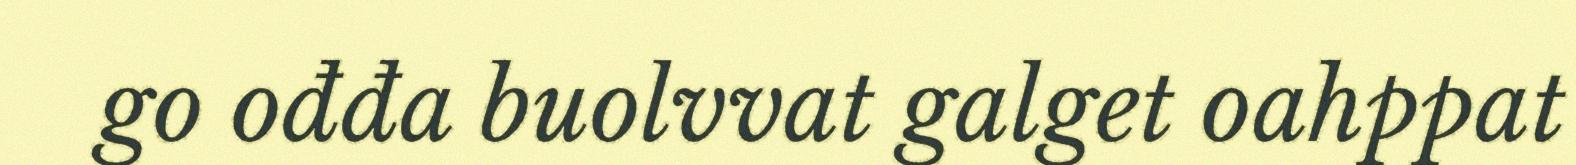
go ođđa buolvvat galget oahppat